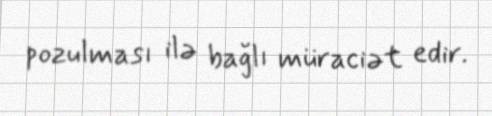
pozulması ilə bağlı müraciət edir.